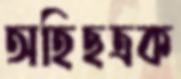
অহিছত্রক